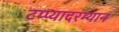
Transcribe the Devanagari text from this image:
टप्प्यादरम्यान